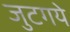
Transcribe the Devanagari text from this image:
जुटगये